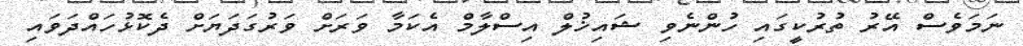
ނަމަވެސް އޭރު ތުރުކީގައި ހުންނެވި ޝައިޚުލް އިސްލާމް އެކަމާ ވަރަށް ވަރުގަދަޔަށް ދެކޮޅުހައްދަވައި